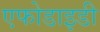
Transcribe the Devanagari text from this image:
एफोडाइडी